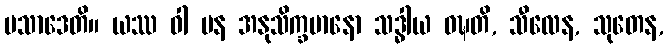
ပသာဒေတိ။ ယဿ ဝါ ပန အနုသိက္ခမာနော သဒ္ဓါယ ဝဍ္ဎတိ, သီလေန, သုတေန,